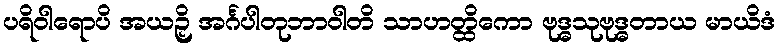
ပရိဝါရောပိ အယဉှိ အင်္ဂပါတုဘာဝါတိ သာဟတ္ထိကော ဗုဒ္ဓသုဗုဒ္ဓတာယ မာယိဒံ